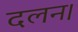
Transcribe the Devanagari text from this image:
दलन।